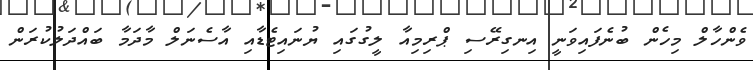
ވެންހާލް މިހެން ބުނެފައިވަނީ އިނގިރޭސި ޕްރިމިއާ ލީގުގައި ޔުނައިޓެޑާއި އާސެނަލް މާދަމާ ބައްދަލުކުރަން